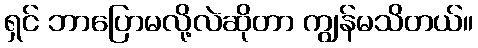
ရှင် ဘာပြောမလို့လဲဆိုတာ ကျွန်မသိတယ်။